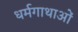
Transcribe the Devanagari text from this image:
धर्मगाथाओं